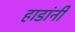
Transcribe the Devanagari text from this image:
हाडांनी